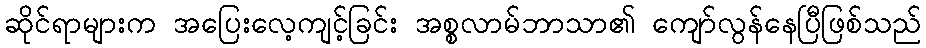
ဆိုင်ရာများက အပြေးလေ့ကျင့်ခြင်း အစ္စလာမ်ဘာသာ၏ ကျော်လွန်နေပြီဖြစ်သည်